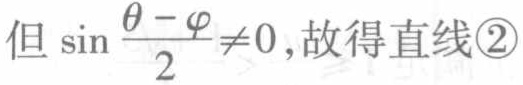
但 \(\sin\frac{\theta - \varphi}{2} \neq 0\)，故得直线\textcircled{2}